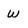
Character: w